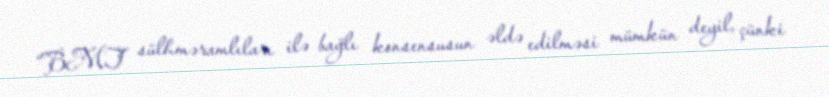
“BMT sülhməramlıları ilə bağlı konsensusun əldə edilməsi mümkün deyil, çünki